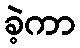
ခဲ့ကာ